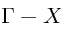
\Gamma - X